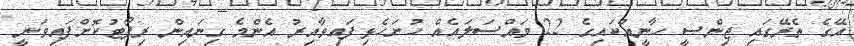
އޭގެ ތެރޭގައި ޖިންސީ ހާނީއްކައިގެ 22 މައްސަލައެއް ހުށަހެޅިފައިވާއިރު އެންމެ ގިނައިން ރިޕޯޓުކޮށްފައިވަނީ